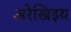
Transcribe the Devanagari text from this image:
अरेखिइय